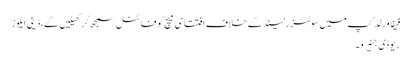
فیفا ورلڈ کپ میں سوئٹزرلینڈ کے خلاف افتتاحی میچ کو فائنل سمجھ کر کھیلیں گے،ڈینی ایلوز
ریوڈی جنیرو ۔